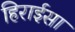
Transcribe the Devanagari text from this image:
हिराईसा